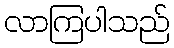
လာကြပါသည်